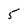
Character: 5